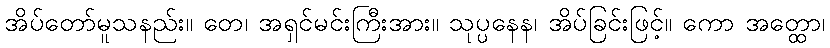
အိပ်တော်မူသနည်း။ တေ၊ အရှင်မင်းကြီးအား။ သုပ္ပနေန၊ အိပ်ခြင်းဖြင့်။ ကော အတ္ထော၊